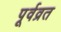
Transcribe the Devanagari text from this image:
पूर्वव्रत